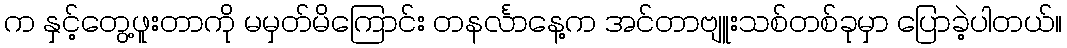
က နှင့်တွေ့ဖူးတာကို မမှတ်မိကြောင်း တနင်္လာနေ့က အင်တာဗျူးသစ်တစ်ခုမှာ ပြောခဲ့ပါတယ်။